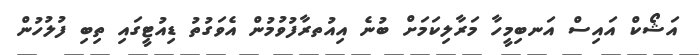
އަޝޯކް އައިސް އަނބިމީހާ މަރާލިކަމަށް ބުނެ އިއުތރާފުވުމުން އެވަގުތު ޑިއުޓީގައި ތިބި ފުލުހުން